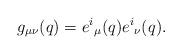
LaTeX: \begin{align*}g_{\mu \nu }(q) = e^i{}_\mu (q) e^i{}_\nu (q).\end{align*}